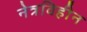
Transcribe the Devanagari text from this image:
नेत्रविहीन